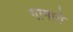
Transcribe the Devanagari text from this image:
गागाने